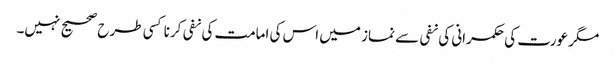
مگر عورت کی حکمرانی کی نفی سے نماز میں اس کی امامت کی نفی کرنا کسی طرح صحیح نہیں۔